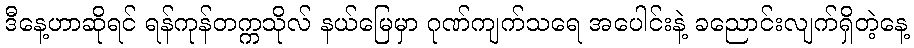
ဒီနေ့ဟာဆိုရင် ရန်ကုန်တက္ကသိုလ် နယ်မြေမှာ ဂုဏ်ကျက်သရေ အပေါင်းနဲ့ ခညောင်းလျက်ရှိတဲ့နေ့